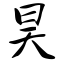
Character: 昊